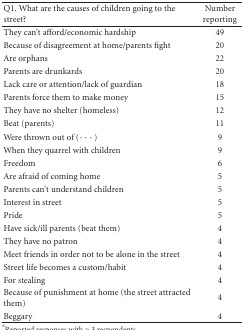
<table><thead><tr><td><b>Q1. What are the causes of children going to the street?</b></td><td><b>Number reporting</b></td></tr></thead><tbody><tr><td>They can&#x27;t afford/economic hardship</td><td>49</td></tr><tr><td>Because of disagreement at home/parents fight</td><td>20</td></tr><tr><td>Are orphans</td><td>22</td></tr><tr><td>Parents are drunkards</td><td>20</td></tr><tr><td>Lack care or attention/lack of guardian</td><td>18</td></tr><tr><td>Parents force them to make money</td><td>15</td></tr><tr><td>They have no shelter (homeless)</td><td>12</td></tr><tr><td>Beat (parents)</td><td>11</td></tr><tr><td>Were thrown out of (<i>⋯</i>)</td><td>9</td></tr><tr><td>When they quarrel with children</td><td>9</td></tr><tr><td>Freedom</td><td>6</td></tr><tr><td>Are afraid of coming home</td><td>5</td></tr><tr><td>Parents can&#x27;t understand children</td><td>5</td></tr><tr><td>Interest in street</td><td>5</td></tr><tr><td>Pride</td><td>5</td></tr><tr><td>Have sick/ill parents (beat them)</td><td>4</td></tr><tr><td>They have no patron</td><td>4</td></tr><tr><td>Meet friends in order not to be alone in the street</td><td>4</td></tr><tr><td>Street life becomes a custom/habit</td><td>4</td></tr><tr><td>For stealing</td><td>4</td></tr><tr><td>Because of punishment at home (the street attracted them)</td><td>4</td></tr><tr><td>Beggary</td><td>4</td></tr></tbody></table>